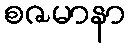
စဇမာနာ